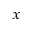
_ { x }